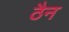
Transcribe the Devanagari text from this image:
ठैन